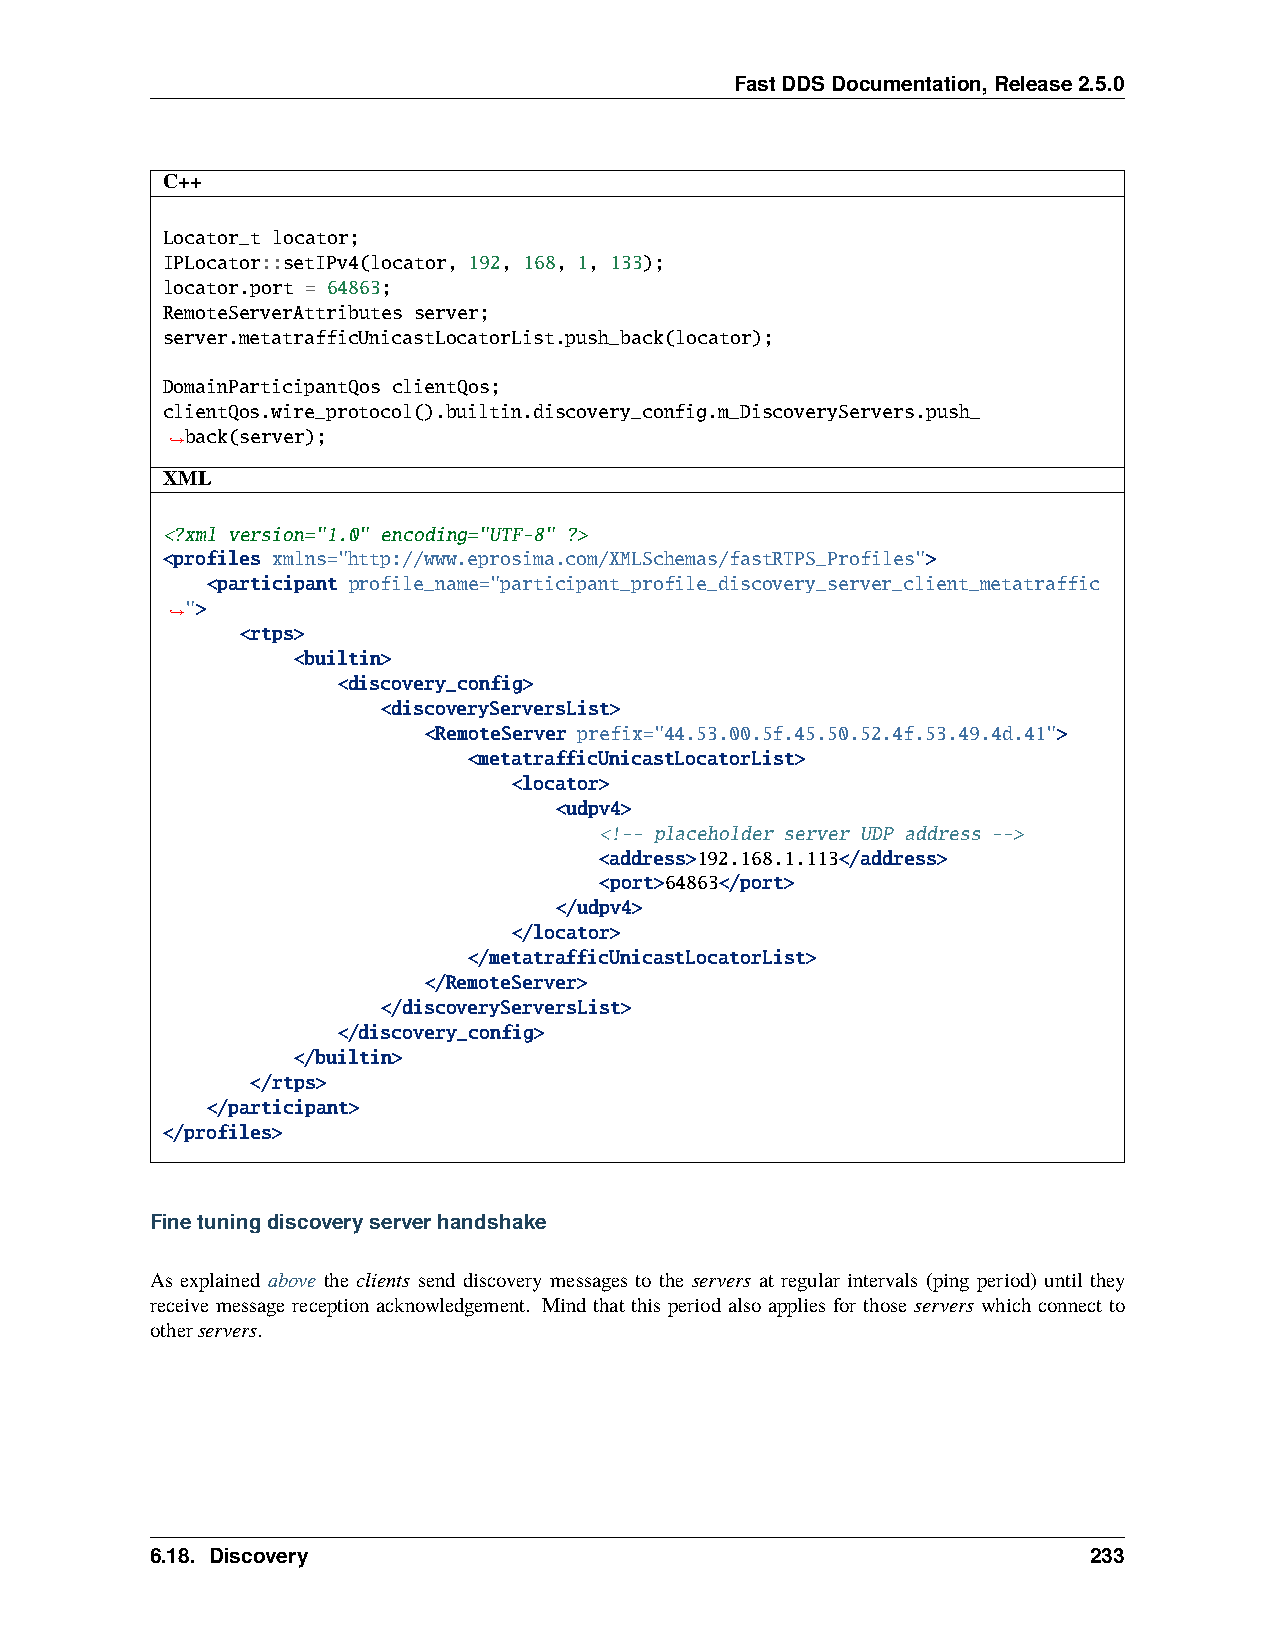
FastDDSDocumentation,Release2.5.0
 C++
 Locator_t locator;
 IPLocator::setIPv4(locator, 192, 168, 1, 133);
 locator.port = 64863;
 RemoteServerAttributes server;
 server.metatrafficUnicastLocatorList.push_back(locator);
 DomainParticipantQos clientQos;
 clientQos.wire_protocol().builtin.discovery_config.m_DiscoveryServers.push_
 back(server);
 ˓→
 XML
 <?xml version="1.0" encoding="UTF-8" ?>
 <profiles xmlns="http://www.eprosima.com/XMLSchemas/fastRTPS_Profiles">
 <participant profile_name="participant_profile_discovery_server_client_metatraffic
 ">
 ˓→
 <rtps>
 <builtin>
 <discovery_config>
 <discoveryServersList>
 <RemoteServer prefix="44.53.00.5f.45.50.52.4f.53.49.4d.41">
 <metatrafficUnicastLocatorList>
 <locator>
 <udpv4>
 <!-- placeholder server UDP address -->
 <address>192.168.1.113</address>
 <port>64863</port>
 </udpv4>
 </locator>
 </metatrafficUnicastLocatorList>
 </RemoteServer>
 </discoveryServersList>
 </discovery_config>
 </builtin>
 </rtps>
 </participant>
 </profiles>
 Finetuningdiscoveryserverhandshake
 As explained above the clients send discovery messages to the servers at regular intervals (ping period) until they
 receive message reception acknowledgement. Mind that this period also applies for those servers which connect to
 otherservers.
 6.18. Discovery                                               233